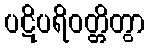
ပဋိပရိဝတ္တိတွာ